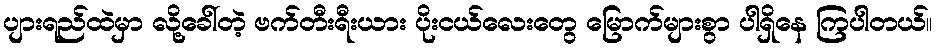
ပျားရည်ထဲမှာ လို့ခေါ်တဲ့ ဗက်တီးရီးယား ပိုးငယ်လေးတွေ မြောက်များစွာ ပါရှိနေ ကြပါတယ်။